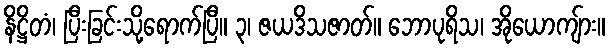
နိဋ္ဌိတံ၊ ပြီးခြင်းသို့ရောက်ပြီ။ ၃၊ ဇယဒိသဇာတ်။ ဘောပုရိသ၊ အိုယောကျ်ား။